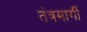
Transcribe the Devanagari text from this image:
तंत्रमार्गी